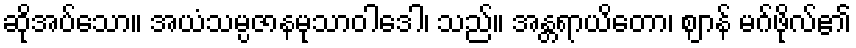
ဆိုအပ်သော။ အယံသမ္ပဇာနမုသာဝါဒေါ၊ သည်။ အန္တရာယိတော၊ ဈာန် မဂ်ဖိုလ်၏